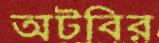
অটবির